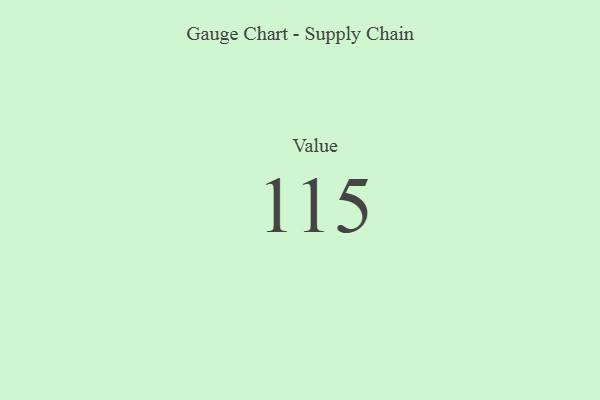
{"axis": {"x": "Metric", "y": "Value"}, "legend": [""], "data": [{"x": "Value", "y": 115, "type": ""}]}